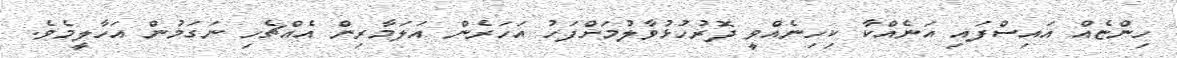
ހިންޏެއް އައިސްފައި އަނެއްކާ ކިހިނެއްވީ ދޮރުހުޅުވާލުމަށްފަހު އަހަރެން އަލަމާރިން އެއްޗެހި ނަގަމުން އަހާލީމެވެ.